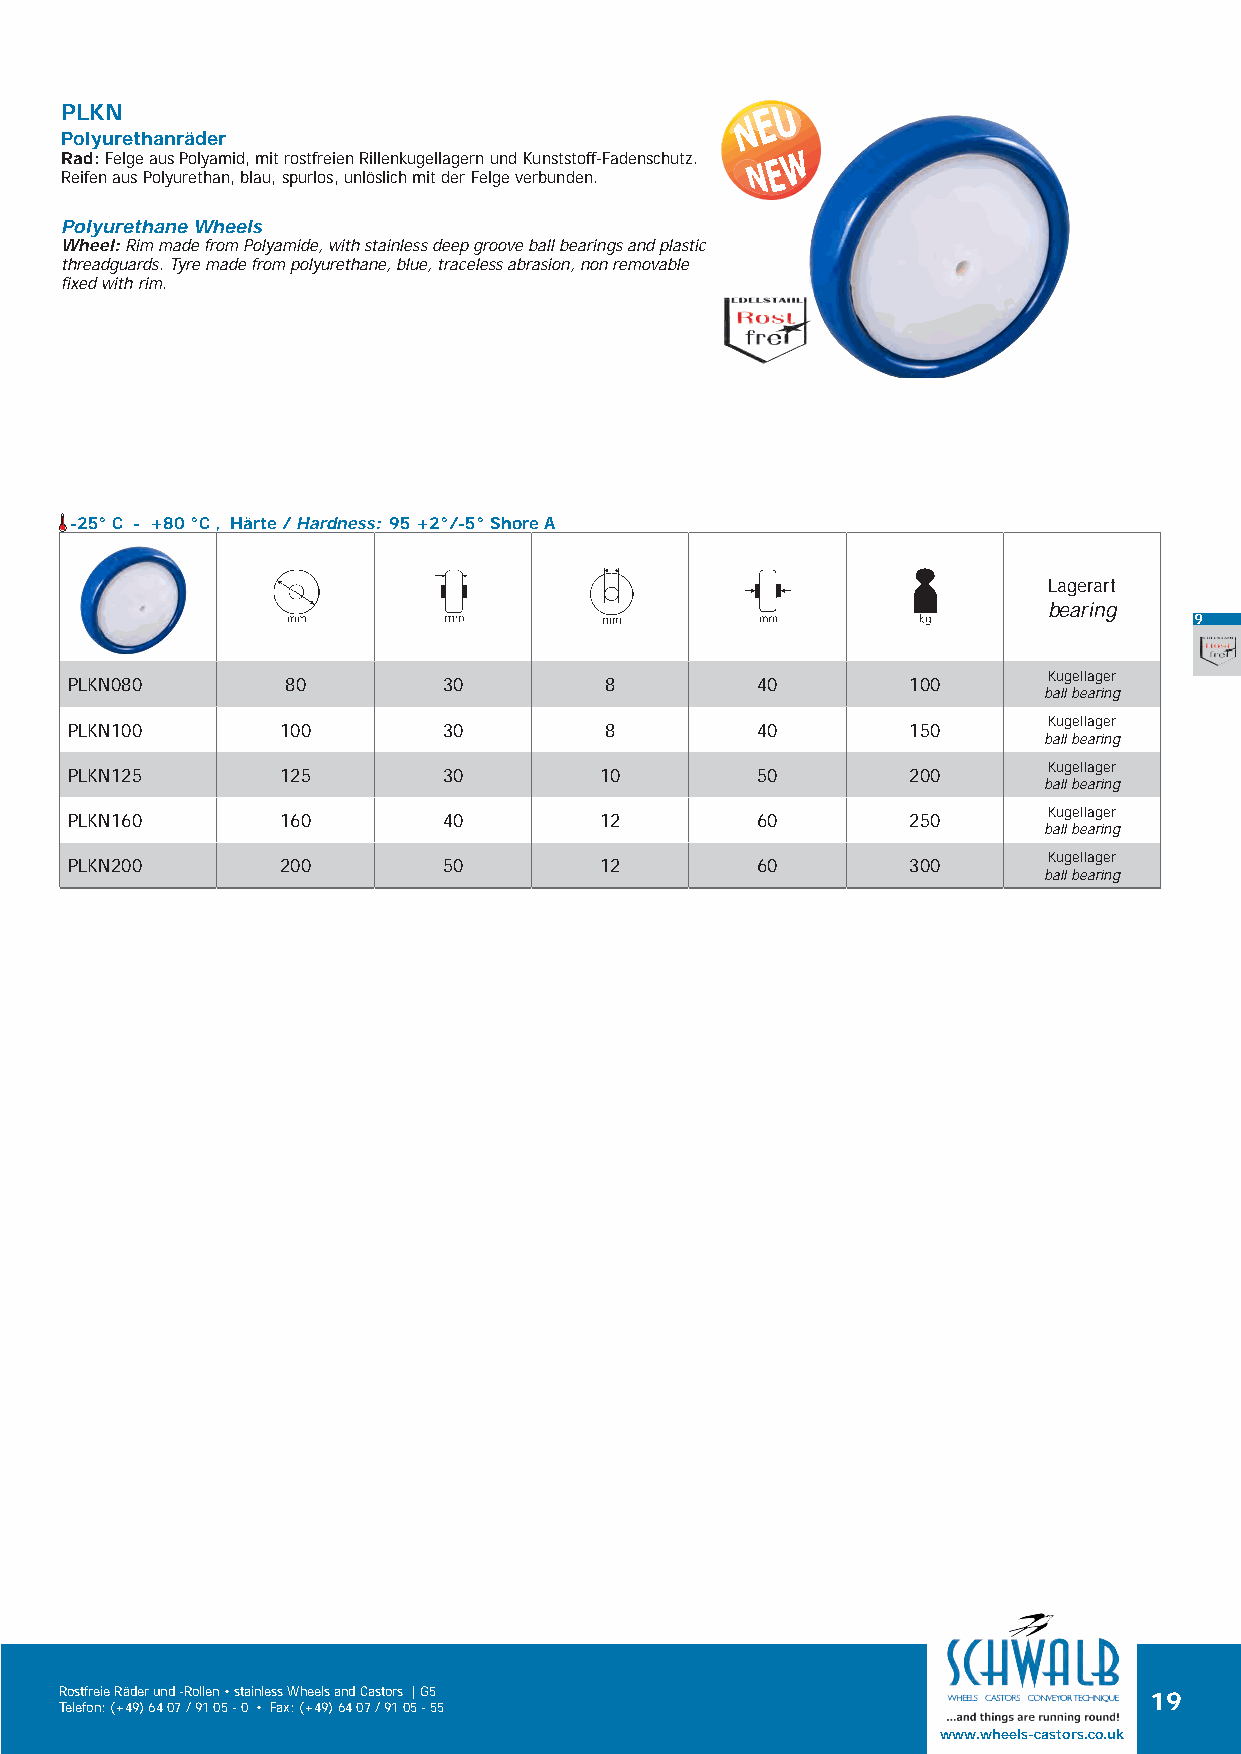
PLKN
 Polyurethanräder
 Rad: Felge aus Polyamid, mit rostfreien Rillenkugellagern und Kunststoff-Fadenschutz.
 Reifen aus Polyurethan, blau, spurlos, unlöslich mit der Felge verbunden.
 Polyurethane Wheels
 Wheel: Rim made from Polyamide, with stainless deep groove ball bearings and plastic
 threadguards. Tyre made from polyurethane, blue, traceless abrasion, non removable
 fixed with rim.
 -25° C - +80 °C , Härte / Hardness: 95 +2°/-5° Shore A
 Lagerart
 bearing
 9
 Kugellager
 PLKN080        80        30         8         40        100
 ball bearing
 Kugellager
 PLKN100        100       30         8         40        150
 ball bearing
 Kugellager
 PLKN125        125       30         10        50        200
 ball bearing
 Kugellager
 PLKN160        160       40         12        60        250
 ball bearing
 Kugellager
 PLKN200        200       50         12        60        300
 ball bearing
 Rostfreie Räder und -Rollen • stainless Wheels and Castors | G5         19
 Telefon: (+49) 64 07 / 91 05 - 0 • Fax: (+49) 64 07 / 91 05 - 55
 www.wheels-castors.co.uk